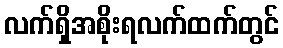
လက်ရှိအစိုးရလက်ထက်တွင်